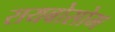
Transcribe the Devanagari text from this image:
रायबोसोम